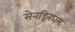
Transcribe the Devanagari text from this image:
सेनड्रिनघम